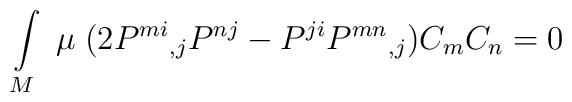
\int\limits_{M}\;\mu\;(2P^{mi}{}_{,j}P^{nj}-P^{ji}P^{mn}{}_{,j})C_{m}C_{n}=0